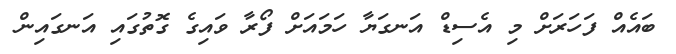
ބައެއް ފަހަރަށް މި އެސިޑް އަނގަޔާ ހަމައަށް ފޯރާ ވައިގެ ގޮތުގައި އަނގައިން